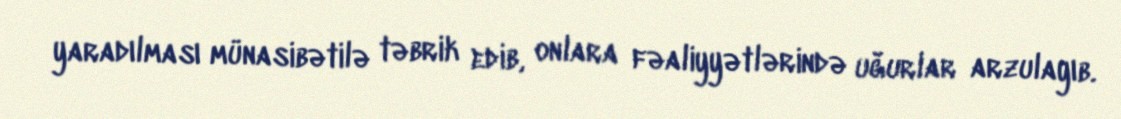
yaradılması münasibətilə təbrik edib, onlara fəaliyyətlərində uğurlar arzulayıb.